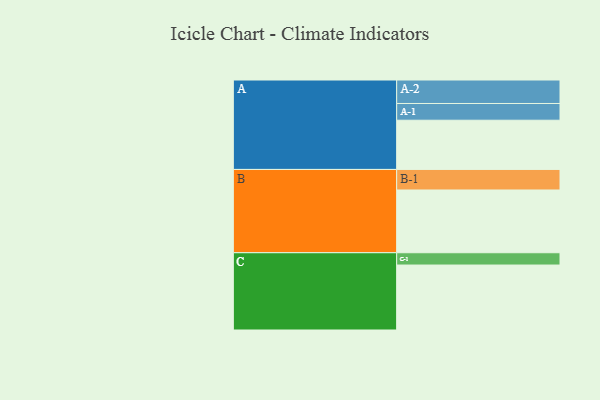
{"axis": {"x": "Segment", "y": "Value"}, "legend": ["", "A", "B", "C"], "data": [{"x": "A", "y": 400, "type": ""}, {"x": "B", "y": 510, "type": ""}, {"x": "C", "y": 528, "type": ""}, {"x": "A-1", "y": 136, "type": "A"}, {"x": "A-2", "y": 191, "type": "A"}, {"x": "B-1", "y": 167, "type": "B"}, {"x": "C-1", "y": 100, "type": "C"}]}